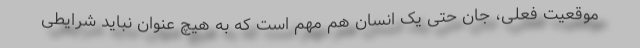
موقعیت فعلی، جان حتی یک انسان هم مهم است که به هیچ عنوان نباید شرایطی